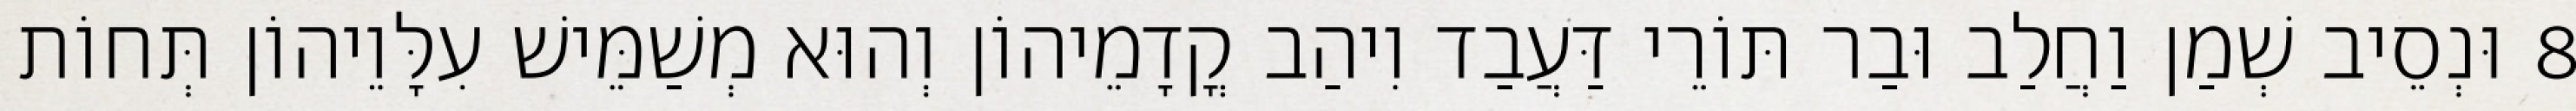
8 וּנְסֵיב שְׁמַן וַחֲלַב וּבַר תּוֹרֵי דַּעֲבַד וִיהַב קֳדָמֵיהוֹן וְהוּא מְשַׁמֵּישׁ עִלָּוֵיהוֹן תְּחוֹת